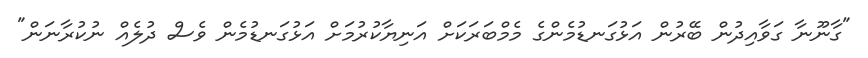
"ގާނޫނާ ގަވާއިދުން ބޭރުން އަޅުގަނޑުމެންގެ މެމްބަރަކަށް އަނިޔާކުރުމަށް އަޅުގަނޑުމެން ވެސް ދުލެއް ނުކުރާނަން"